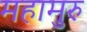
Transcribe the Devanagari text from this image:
महामुरु